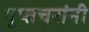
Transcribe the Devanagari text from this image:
गुप्तचरांनी